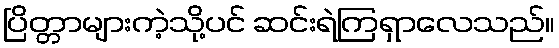
ပြိတ္တာများကဲ့သို့ပင် ဆင်းရဲကြရှာလေသည်။